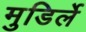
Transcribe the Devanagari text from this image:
मुडिर्ले